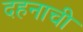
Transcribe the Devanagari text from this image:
दहनाची